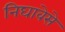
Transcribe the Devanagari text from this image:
निघावेसे